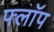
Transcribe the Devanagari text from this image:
फ्लाॅप